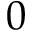
0